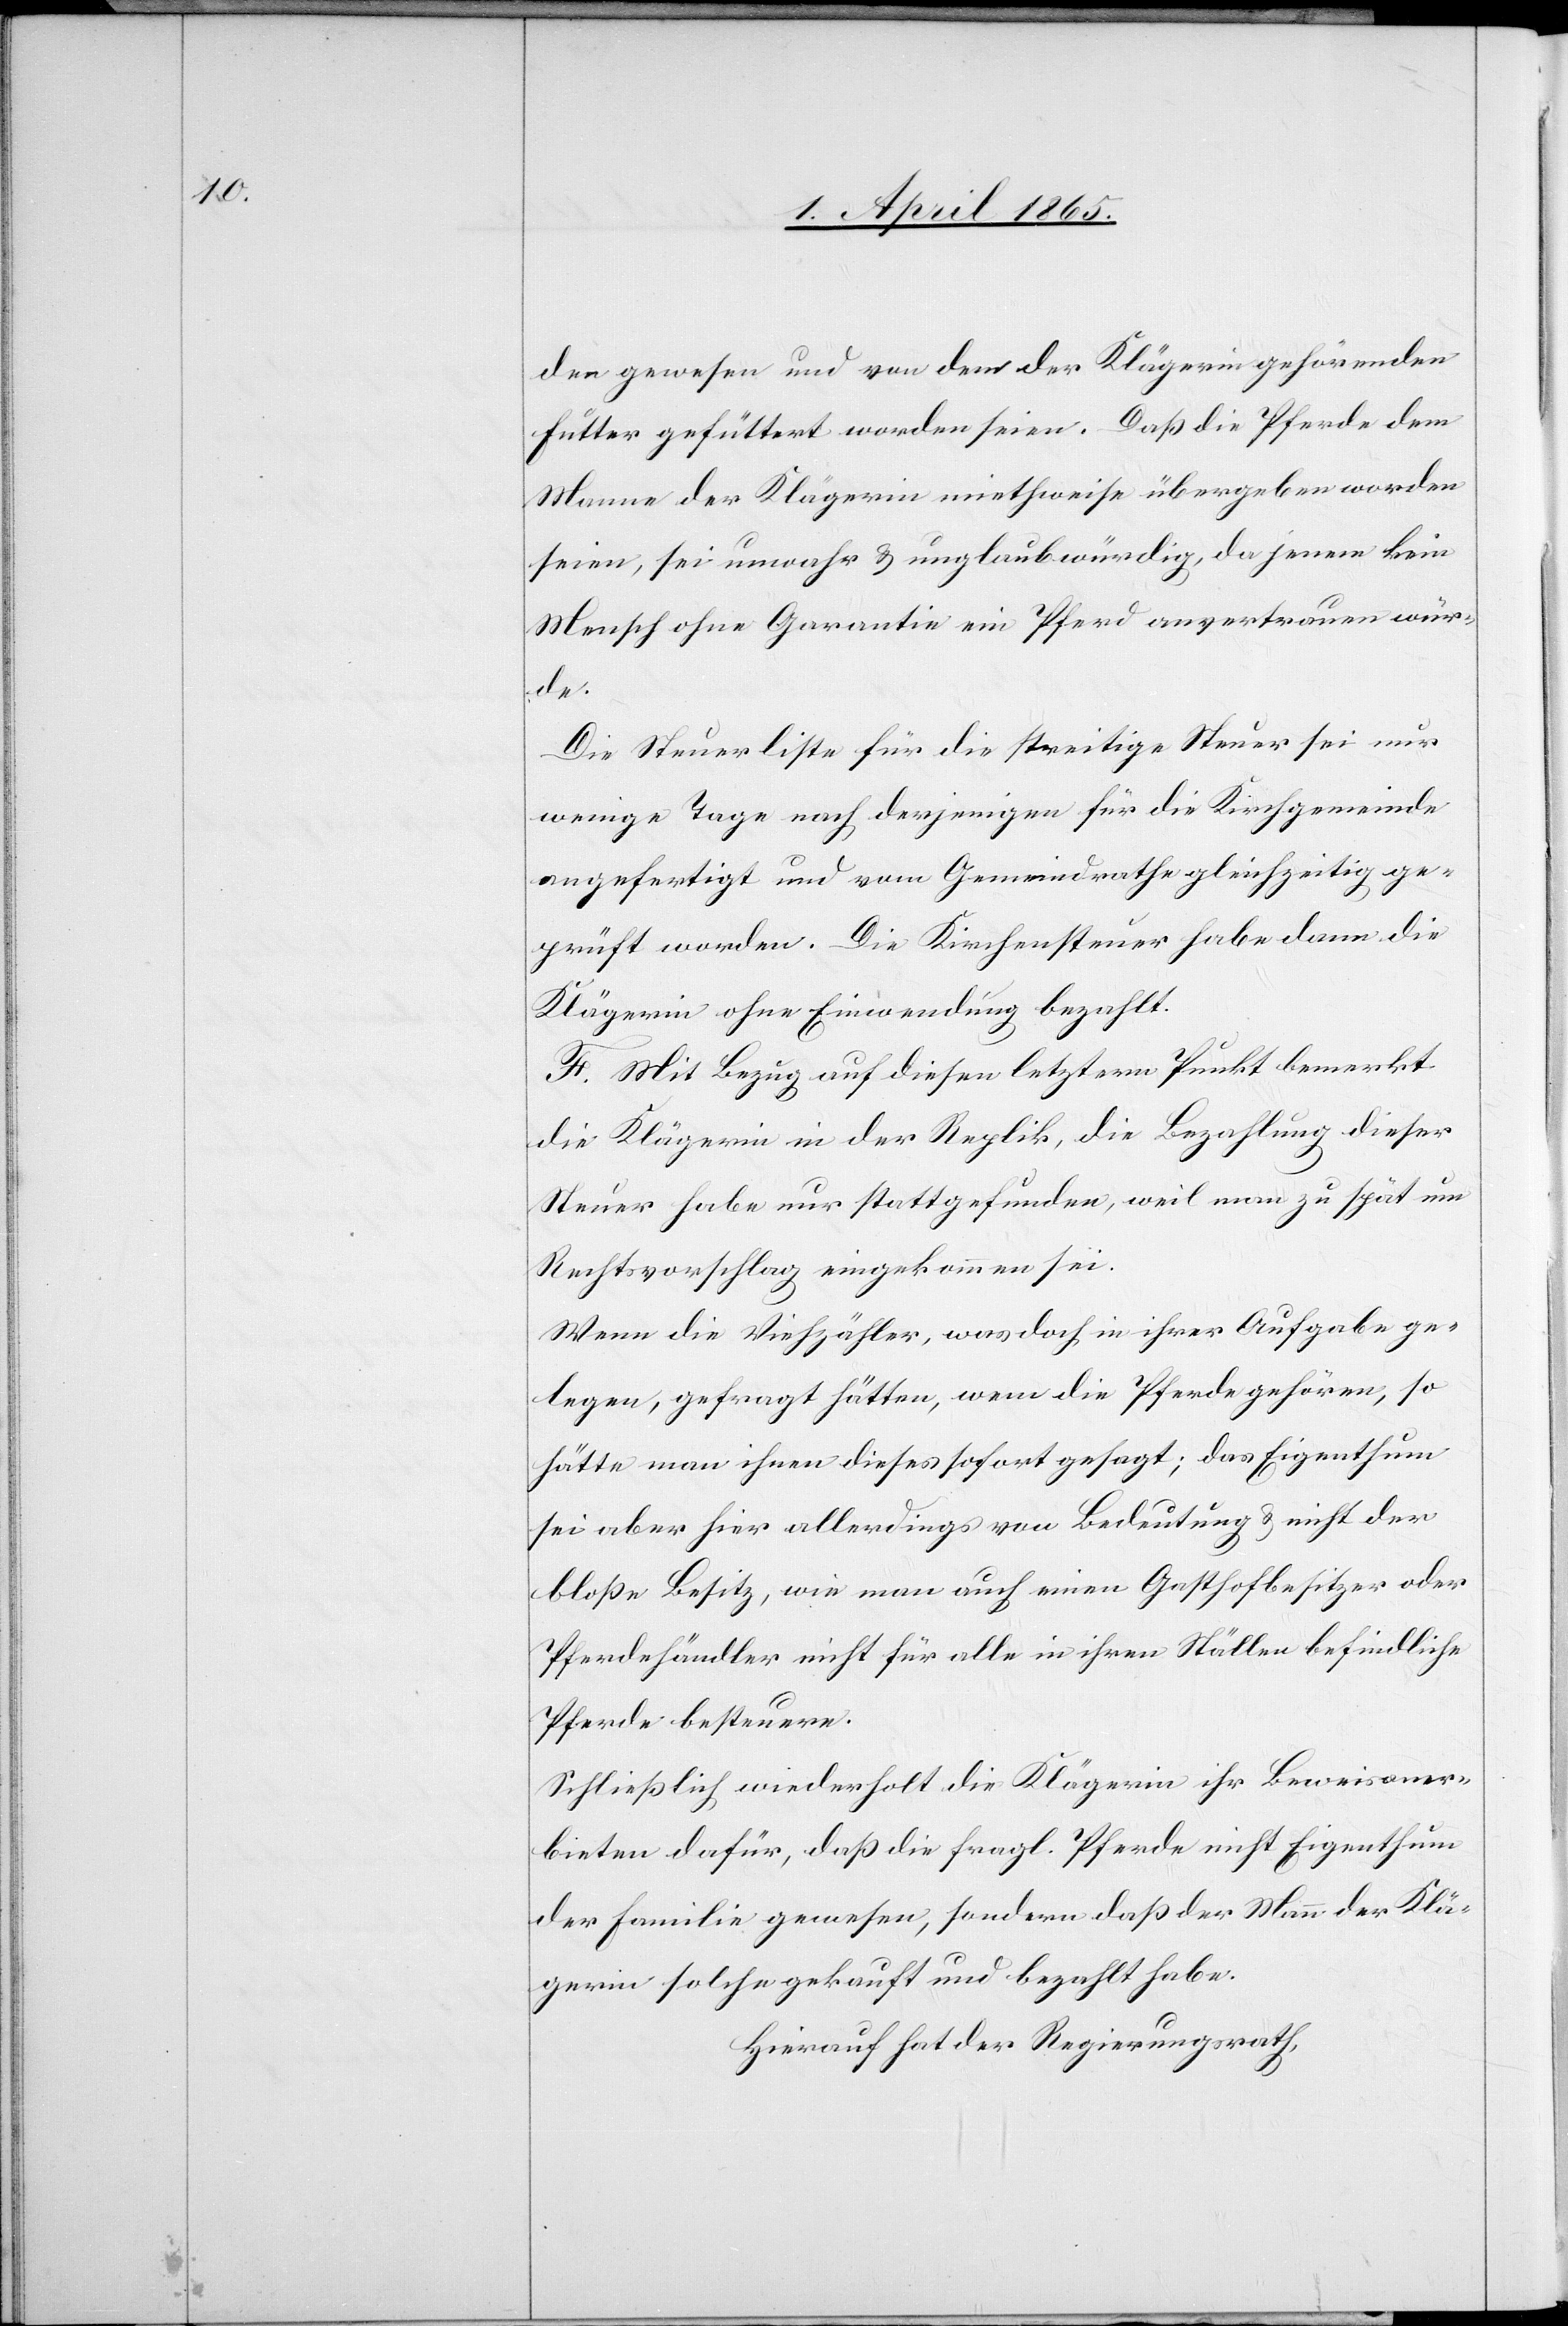
den gewesen und von dem der Klägerin gehörenden
Futter gefüttert worden seien. Daß die Pferde dem
Manne der Klägerin miethweise übergeben worden
seien, sei unwahr & unglaubwürdig, da jenem kein
Mensch ohne Garantie ein Pferd anvertrauen wür¬
de.
Die Steuerliste für die streitige Steuer sei nur
wenige Tage nach derjenigen für die Kirchgemeinde
angefertigt und vom Gemeindrathe gleichzeitig ge¬
prüft worden. Die Kirchensteuer habe dann die
Klägerin ohne Einwendung bezahlt.
F. Mit Bezug auf diesen letztern Punkt bemerkt
die Klägerin in der Replik, die Bezahlung dieser
Steuer habe nur stattgefunden, weil man zu spät um
Rechtsvorschlag eingekommen sei.
Wenn die Viehzähler, was doch in ihrer Aufgabe ge¬
legen, gefragt hätten, wem die Pferde gehören, so
hätte man ihnen dieses sofort gesagt; das Eigenthum
sei aber hier allerdings von Bedeutung & nicht der
bloße Besitz, wie man auch einen Gasthofbesitzer oder
Pferdehändler nicht für alle in ihren Ställen befindliche
Pferde besteuere.
Schließlich wiederholt die Klägerin ihr Beweisaner¬
bieten dafür, daß die fragl. Pferde nicht Eigenthum
der Familie gewesen, sondern daß der Mann der Klä¬
gerin solche gekauft und bezahlt habe.
Hierauf hat der Regierungsrath,